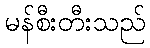
မန်စီးတီးသည်